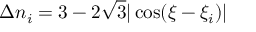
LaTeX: \Delta n _ { i } = 3 - 2 \sqrt { 3 } | \cos ( \xi - \xi _ { i } ) |